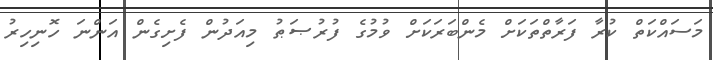
މަސައްކަތް ކުރާ ފަރާތްތަކަށް މެންބަރަކަށް ވުމުގެ ފުރުޞަޠު މިއަދުން ފެށިގެން އަންނަ ހޮނިހިރު